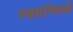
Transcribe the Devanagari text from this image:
स्वर्गामध्ये